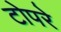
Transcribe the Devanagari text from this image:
टोपरे